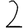
Digit: 2